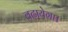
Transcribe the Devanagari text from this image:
बढ़ायेगा।